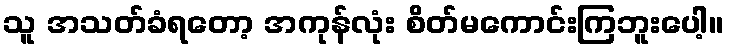
သူ အသတ်ခံရတော့ အကုန်လုံး စိတ်မကောင်းကြဘူးပေါ့။